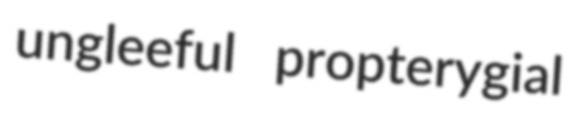
ungleeful propterygial